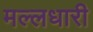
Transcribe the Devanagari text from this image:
मल्लधारी